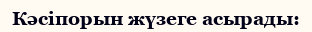
Кәсіпорын жүзеге асырады: